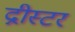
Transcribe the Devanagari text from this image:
द्नीस्टर